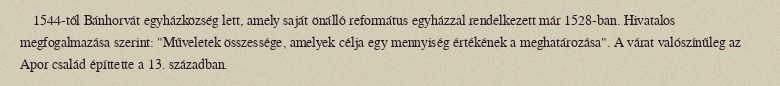
1544-től Bánhorvát egyházközség lett, amely saját önálló református egyházzal rendelkezett már 1528-ban. Hivatalos megfogalmazása szerint: "Műveletek összessége, amelyek célja egy mennyiség értékének a meghatározása". A várat valószínűleg az Apor család építtette a 13. században.